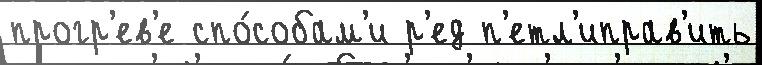
прогр'ев'е спо́собам'и р'ед п'етл'иправ'ить